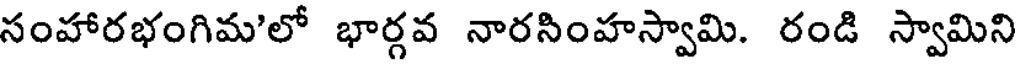
సంహారభంగిమ'లో భార్గవ నారసింహస్వామి. రండి స్వామిని